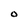
Character: 0